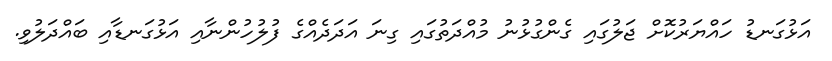
އަޅުގަނޑު ހައްޔަރުކޮށް ޖަލުގައި ގެންގުޅުނު މުއްދަތުގައި ގިނަ އަދަދެއްގެ ފުލުހުންނާއި އަޅުގަނޑާއި ބައްދަލުވި.